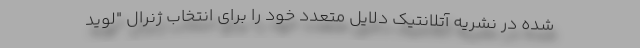
شده در نشریه آتلانتیک دلایل متعدد خود را برای انتخاب ژنرال "لوید